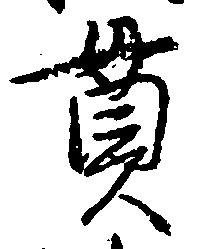
貫